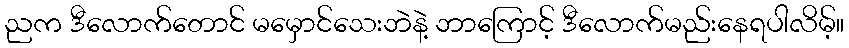
ညက ဒီလောက်တောင် မမှောင်သေးဘဲနဲ့ ဘာကြောင့် ဒီလောက်မည်းနေရပါလိမ့်။